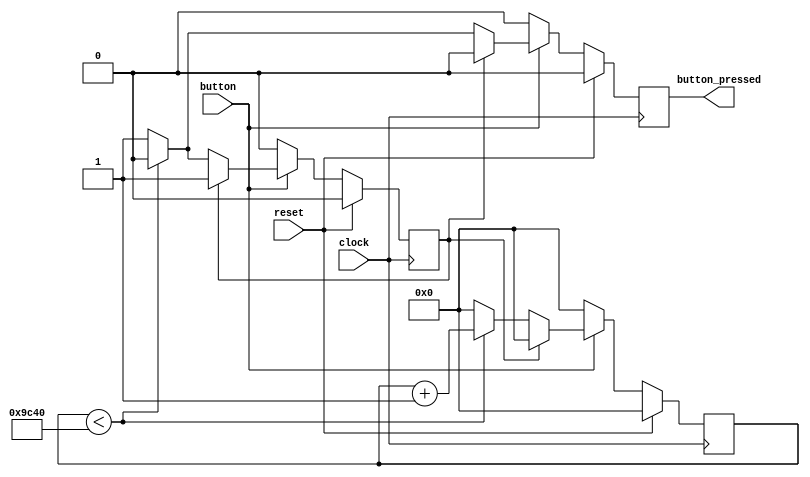
module PushBtnInterface(clock,reset,button,button_pressed);
   parameter      Wait = 40000;
   parameter      Size = 16;
   
   input wire     clock;
   input wire     reset;
   
   input wire     button;

   output wire    button_pressed;

   reg [Size-1:0] s_Counter;
   reg            s_DoneCount;
   reg            s_ButtonPressed;

   assign button_pressed = s_ButtonPressed;

   always @ (posedge clock) begin
      if (reset) begin
         s_Counter       <= 0;
         s_DoneCount     <= 0;
         s_ButtonPressed <= 0;
      end
      else begin
         if (button) begin
            if (!s_DoneCount) begin
               if (s_Counter < Wait) begin
                  s_Counter       <= s_Counter + 1;
                  s_DoneCount     <= 0;
                  s_ButtonPressed <= 0;
               end
               else begin
                  s_Counter       <= 0;
                  s_DoneCount     <= 1;
                  s_ButtonPressed <= 1;
               end
            end
            else begin
               s_Counter       <= 0;
               s_DoneCount     <= 1;
               s_ButtonPressed <= 0;
            end // else: !if(!s_DoneCount)
         end // if (button)
         else begin
            s_Counter       <= 0;
            s_DoneCount     <= 0;
            s_ButtonPressed <= 0;
         end // else: !if(button)
      end // else: !if(reset)
   end // always @ (posedge clock)
endmodule